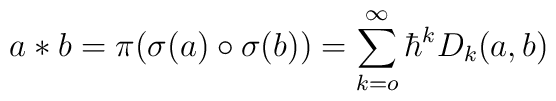
a\ast b=\pi(\sigma (a)\circ \sigma(b))=\sum_{k=o}^{\infty}\hbar^kD_k(a,b)\,